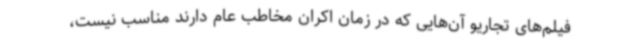
فیلم‌های تجاریو آن‌هایی که در زمان اکران مخاطب عام دارند مناسب نیست،